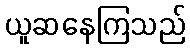
ယူဆနေကြသည်